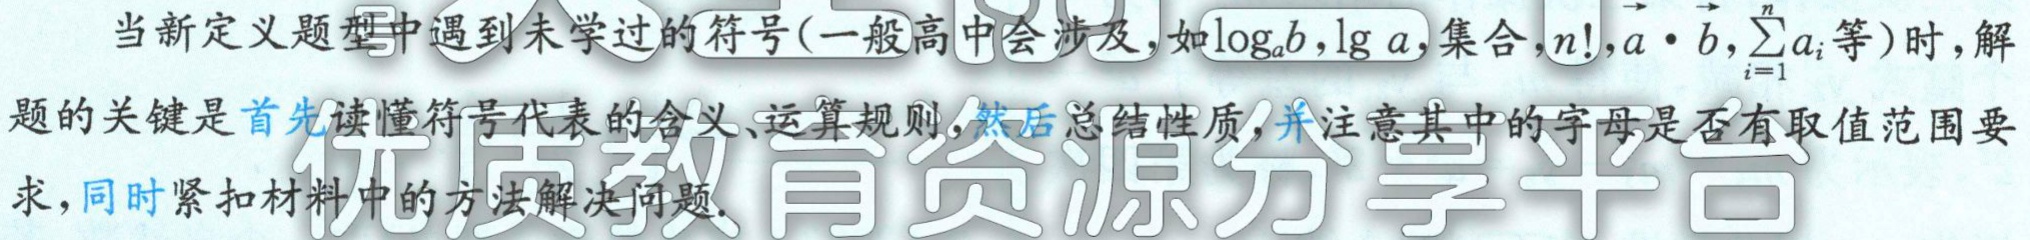
当新定义题型中遇到未学过的符号(一般高中会涉及,如$\log_{a}b,\lg a$,集合,$n!,\vec{a}\cdot\vec{b},\sum_{i = 1}^{n}a_{i}$等)时,解题的关键是首先读懂符号代表的含义、运算规则,然后总结性质,并注意其中的字母是否有取值范围要求,同时紧扣材料中的方法解决问题.